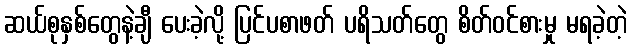
ဆယ်စုနှစ်တွေနဲ့ချီ ပေးခဲ့လို့ ပြင်ပစာဖတ် ပရိသတ်တွေ စိတ်ဝင်စားမှု မရခဲ့တဲ့